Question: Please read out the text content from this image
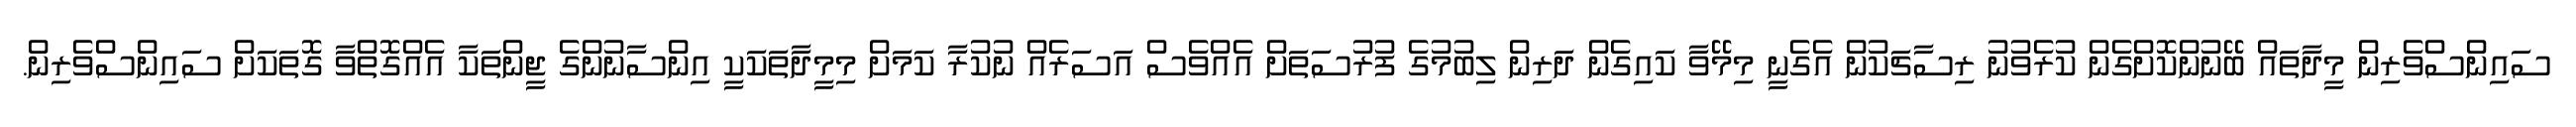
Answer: ސައިންސްވެރިން މީދާތައް ބޭނުންކޮށްގެން ކުރެވުނު ރިސާޗަކުން އެގެނީ މިމޭވާ ކައިގެން ދަރިން ލިބުމުގެ ފުރުސަތަށް އެއްވެސް އަސަރެއް ނުކުރާ ކަމަށް މިމީދާތަކަކީ އިންސާނުންގެ ޖީންތަކާ އެއްގޮތްވާ ގޮތަކަށް ސައިންސްވެރިން.